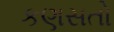
કણસતો